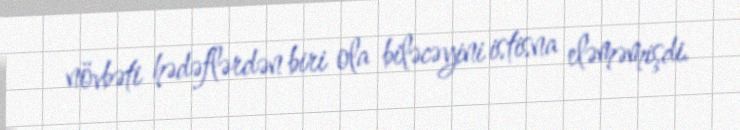
növbəti hədəflərdən biri ola biləcəyini istisna eləməmişdi.